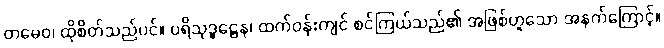
တမေဝ၊ ထိုစိတ်သည်ပင်။ ပရိသုဒ္ဓဋ္ဌေန၊ ထက်ဝန်းကျင် စင်ကြယ်သည်၏ အဖြစ်ဟူသော အနက်ကြောင့်။